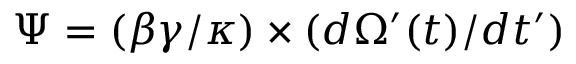
\Psi = ( \beta \gamma / \kappa ) \times ( d \Omega ^ { \prime } ( t ) / d t ^ { \prime } )